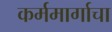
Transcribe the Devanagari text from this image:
कर्ममार्गाचा